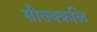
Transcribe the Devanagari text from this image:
सीतक्कळि